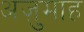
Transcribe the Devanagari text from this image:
अज़ुमाह